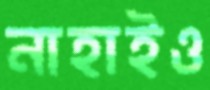
নাহাইও